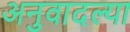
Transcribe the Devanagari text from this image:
अनुवादल्या